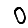
Digit: 0